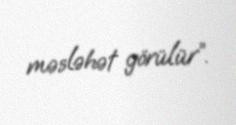
məsləhət görülür”.